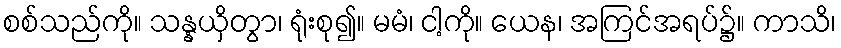
စစ်သည်ကို။ သန္နယှိတွာ၊ ရုံးစု၍။ မမံ၊ ငါ့ကို။ ယေန၊ အကြင်အရပ်၌။ ကာသိ၊